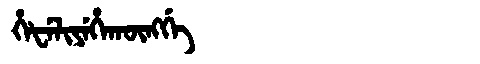
Manchu: ᡥᡝᡶᡝᠯᡳᠶᡝᡥᠠᡴᡡᠩᡤᡝ
Romanization: HEFELIYEHAKŪNGGE